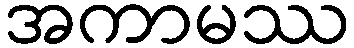
အကာမဿ